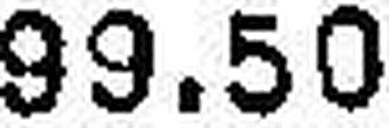
99.50